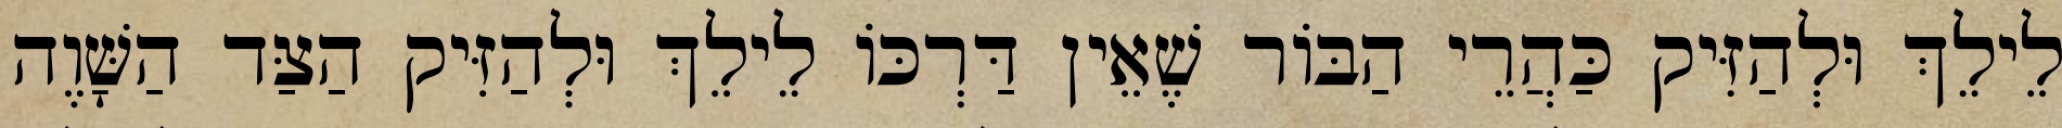
לֵילֵךְ וּלְהַזִּיק כַּהֲרֵי הַבּוֹר שֶׁאֵין דַּרְכּוֹ לֵילֵךְ וּלְהַזִּיק הַצַּד הַשָּׁוֶה